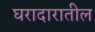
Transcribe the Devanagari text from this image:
घरादारातील